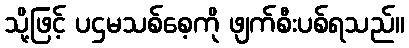
သို့ဖြင့် ပဌမသစ်စေ့ကို ဖျက်စီးပစ်ရသည်။